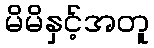
မိမိနှင့်အတူ